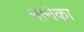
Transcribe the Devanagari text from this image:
नानेका